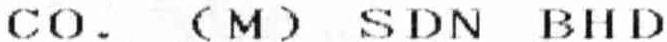
CO. (M) SDN BHD